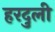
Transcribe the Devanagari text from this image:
हरदुली